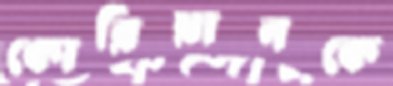
কোরিয়ানকে